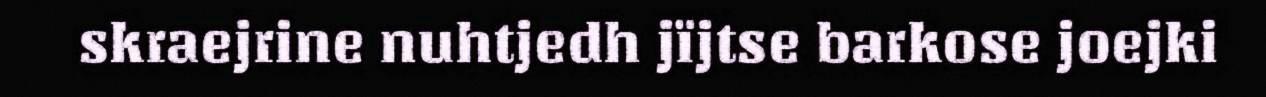
skraejrine nuhtjedh jïjtse barkose joejki